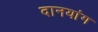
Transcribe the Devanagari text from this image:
दानयांग